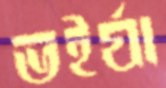
ভইর্যা